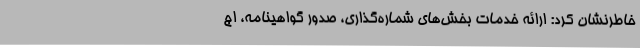
خاطرنشان کرد: ارائه خدمات بخش‌های شماره‌گذاری، صدور گواهینامه، اج